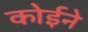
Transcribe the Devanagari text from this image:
कोईने